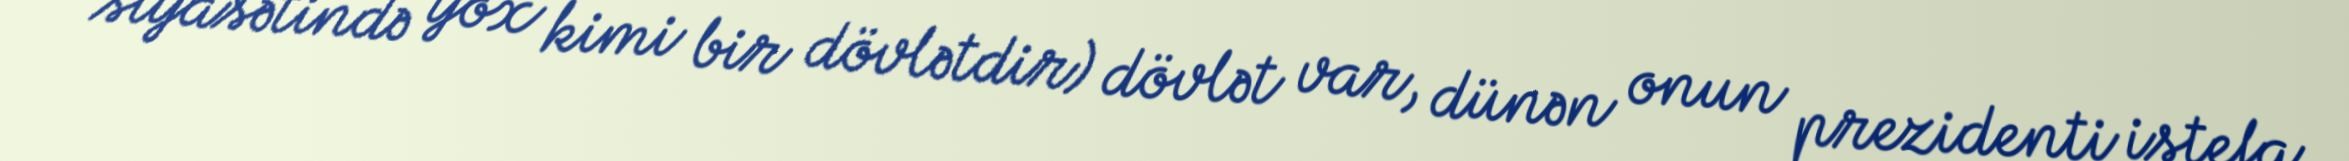
siyasətində yox kimi bir dövlətdir) dövlət var, dünən onun prezidenti istefa